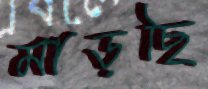
মাড়ছি